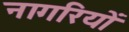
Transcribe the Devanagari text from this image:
नागरियों